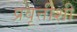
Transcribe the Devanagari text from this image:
प्रवृत्तीशी